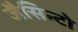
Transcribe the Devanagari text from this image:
जैसिन्टो